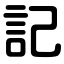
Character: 記